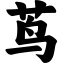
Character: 茑